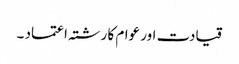
قیادت اور عوام کا رشتہ اعتماد ۔